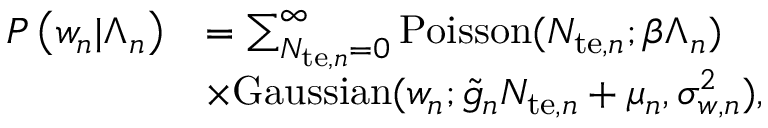
\begin{array} { r l } { P \left( w _ { n } | \Lambda _ { n } \right) } & { = \sum _ { N _ { \mathrm { t e } , n } = 0 } ^ { \infty } \mathrm { P o i s s o n } ( N _ { \mathrm { t e } , n } ; \beta \Lambda _ { n } ) } \\ & { \times \mathrm { G a u s s i a n } ( w _ { n } ; \tilde { g } _ { n } N _ { \mathrm { t e } , n } + \mu _ { n } , \sigma _ { w , n } ^ { 2 } ) , } \end{array}